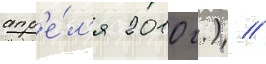
апр'е́л'я 2010 г.) //